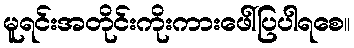
မူရင်းအတိုင်းကိုးကားဖေါ်ပြပါရစေ။